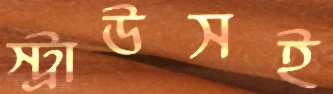
স্ট্রাউসই